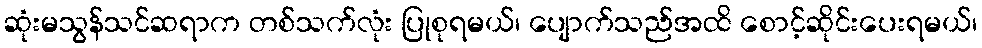
ဆုံးမသွန်သင်ဆရာက တစ်သက်လုံး ပြုစုရမယ်၊ ပျောက်သည်အထိ စောင့်ဆိုင်းပေးရမယ်၊